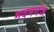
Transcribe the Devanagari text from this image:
मदनगंज